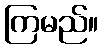
ကြမည်။